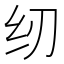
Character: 纫